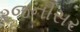
રજનીસર